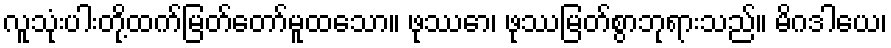
လူသုံးပါးတို့ထက်မြတ်တော်မူထသော။ ဖုဿော၊ ဖုဿမြတ်စွာဘုရားသည်။ မိဂဒါယေ၊